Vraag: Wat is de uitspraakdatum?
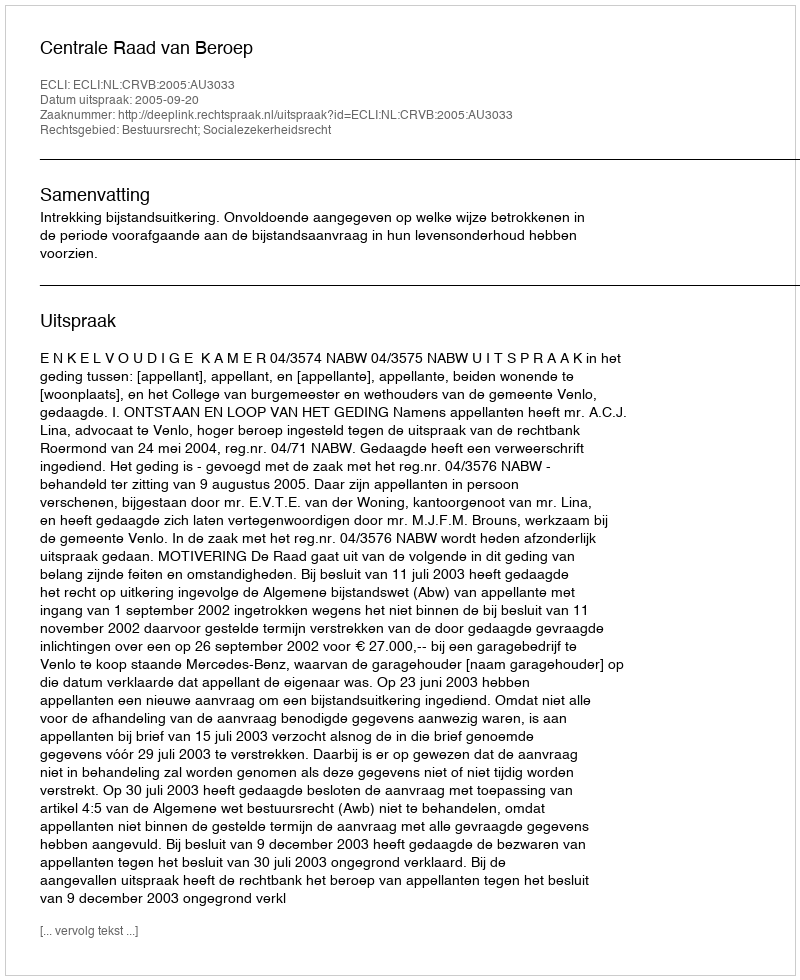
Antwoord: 2005-09-20